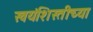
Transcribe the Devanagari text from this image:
स्वयंशिस्तीच्या